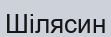
Шілясин